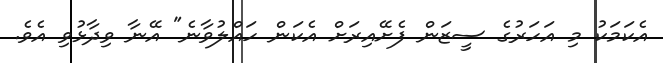
އެކަމަކު މި އަހަރުގެ ސީޒަން ފެށޭއިރަށް އެކަން ހައްލުވާނެ" އޭނާ ވިދާޅުވި އެވެ.